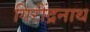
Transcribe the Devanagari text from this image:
गिरींद्रनाथ